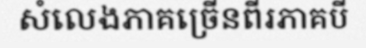
សំលេងភាគច្រើនពីរភាគបី